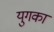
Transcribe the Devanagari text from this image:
युगका